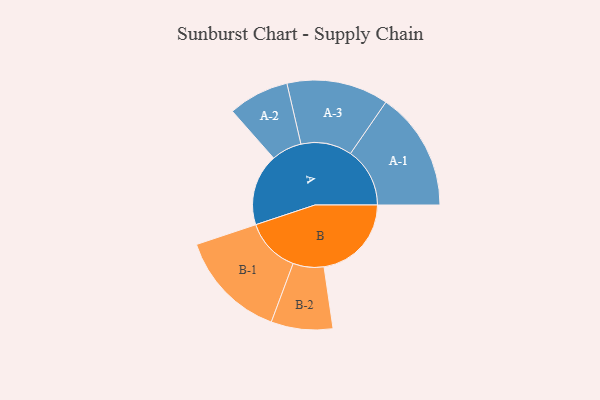
{"axis": {"x": "Segment", "y": "Value"}, "legend": ["", "A", "B"], "data": [{"x": "A", "y": 342, "type": ""}, {"x": "B", "y": 417, "type": ""}, {"x": "A-1", "y": 283, "type": "A"}, {"x": "A-2", "y": 145, "type": "A"}, {"x": "A-3", "y": 243, "type": "A"}, {"x": "B-1", "y": 261, "type": "B"}, {"x": "B-2", "y": 147, "type": "B"}]}